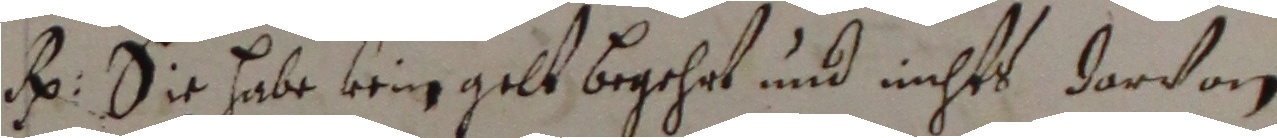
H. Die habe keig gelt begehrt und nichts darvon